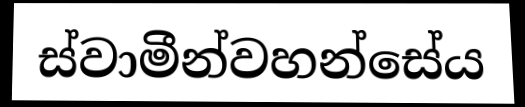
ස්වාමීන්වහන්සේය